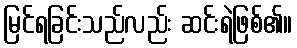
မြင်ရခြင်းသည်လည်း ဆင်းရဲဖြစ်၏။